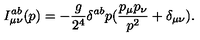
I _ { \mu \nu } ^ { a b } ( p ) = - \frac { g } { 2 ^ { 4 } } \delta ^ { a b } p ( \frac { p _ { \mu } p _ { \nu } } { p ^ { 2 } } + \delta _ { \mu \nu } ) .